Vaccination North-Western Provinces and Oudh 1878-1895 - 1878-1895
Year: 1878
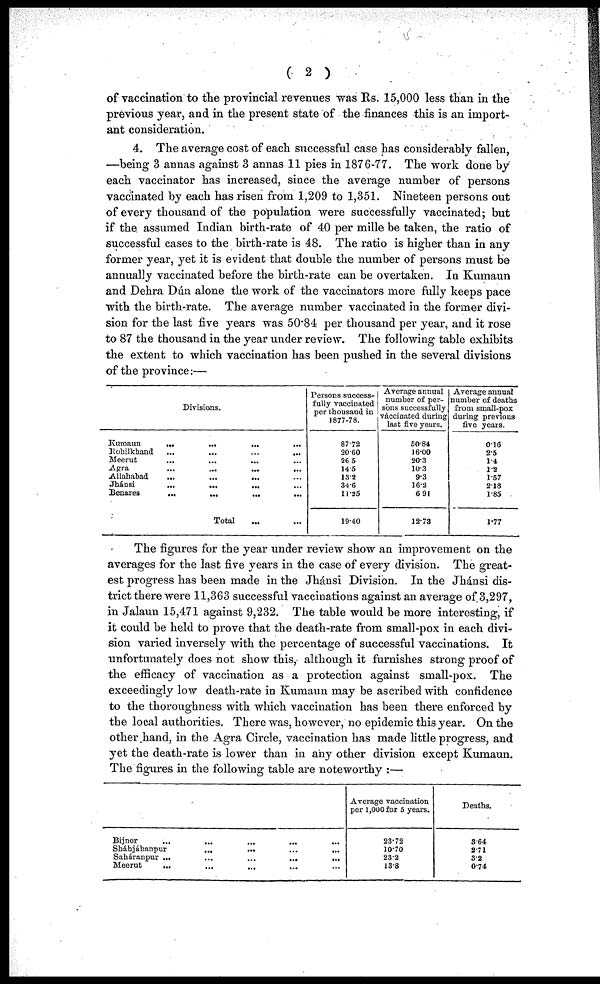
( 2 )
of vaccination to the provincial revenues was Rs. 15,000 less than in the
previous year, and in the present state of the finances this is an import-
ant consideration.
4. The average cost of each successful case has considerably fallen,
—being 3 annas against 3 annas 11 pies in 1876-77. The work done by
each vaccinator has increased, since the average number of persons
vaccinated by each has risen from 1,209 to 1,351. Nineteen persons out
of every thousand of the population were successfully vaccinated; but
if the assumed Indian birth-rate of 40 per mille be taken, the ratio of
successful cases to the birth-rate is 48. The ratio is higher than in any
former year, yet it is evident that double the number of persons must be
annually vaccinated before the birth-rate can be overtaken. In Kumaun
and Dehra Dún alone the work of the vaccinators more fully keeps pace
with the birth-rate. The average number vaccinated in the former divi-
sion for the last five years was 50.84 per thousand per year, and it rose
to 87 the thousand in the year under review. The following table exhibits
the extent to which vaccination has been pushed in the several divisions
of the province:—
Divisions.
Kumaun
...
...
...
...
Rohilkhand
...
...
...
...
Meerut ... ... ... ...
Agra
...
...
...
...
Allahabad
...
...
...
...
Jhánsi
...
...
...
...
Benares
...
...
...
...
Total ... ...
Persons success-
fully vaccinated
per thousand in
1877-78.
87.72
20.60
26.5
14.5
13.2
34.6
11.25
19.40
Average annual
number of per-
sons successfully
váccinated during
last five years.
50.84
16.00
20.3
10.3
9.3
16.2
6.91
12.73
Average annual
number of deaths
from small-pox
during previous
five years.
0.16
2.5
1.4
1.2
1.57
2.18
1.85
1.77
The figures for the year under review show an improvement on the
averages for the last five years in the case of every division. The great-
est progress has been made in the Jhánsi Division. In the Jhánsi dis-
trict there were 11,363 successful vaccinations against an average of 3,297,
in Jalaun 15,471 against 9,232. The table would be more interesting, if
it could be held to prove that the death-rate from small-pox in each divi-
sion varied inversely with the percentage of successful vaccinations. It
unfortunately does not show this, although it furnishes strong proof of
the efficacy of vaccination as a protection against small-pox. The
exceedingly low death-rate in Kumaun may be ascribed with confidence
to the thoroughness with which vaccination has been there enforced by
the local authorities. There was, however, no epidemic this year. On the
other hand, in the Agra Circle, vaccination has made little progress, and
yet the death-rate is lower than in any other division except Kumaun.
The figures in the following table are noteworthy :—
Bijnor ... ... ... ... ...
Sbáhjáhanpur
...
...
...
...
...
Saháranpur
...
...
...
...
...
Meerut
...
...
...
...
...
Average vaccination
per 1,000 for 5 years.
23.72
10.70
23.2
13.8
Deaths.
3.64
2.71
3.2
0.74